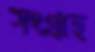
সংগ্রহে